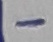
Text: _